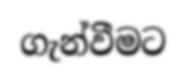
ගැන්වීමට